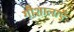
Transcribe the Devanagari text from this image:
गौशालाएँ